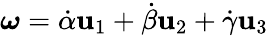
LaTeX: {\boldsymbol{\omega}}={\dot{\alpha}}\mathbf{u}_{1}+{\dot{\beta}}\mathbf{u}_{2}+{\dot{\gamma}}\mathbf{u}_{3}